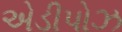
એડીપોઝ